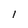
Character: 1